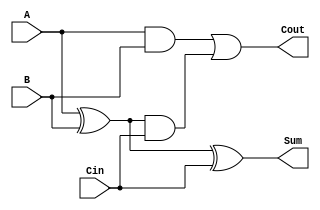
module CarryLookaheadFullAdder (
    input wire A,      // First input bit
    input wire B,      // Second input bit
    input wire Cin,    // Carry input
    output wire Sum,   // Sum output
    output wire Cout   // Carry output
);

    // Intermediate signals
    wire G;           // Generate signal
    wire P;           // Propagate signal

    // Generate and Propagate calculations
    assign G = A & B;        // Generate signal: G = A AND B
    assign P = A ^ B;        // Propagate signal: P = A XOR B

    // Carry output calculation
    assign Cout = G | (P & Cin); // Cout = G OR (P AND Cin)

    // Sum calculation
    assign Sum = P ^ Cin; // Sum = P XOR Cin

endmodule